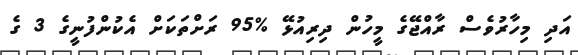
އަދި މިހާރުވެސް ރާއްޖޭގެ މީހުން ދިރިއުޅޭ %95 ރަށްތަކަށް އެކުންފުނީގެ 3 ގެ